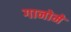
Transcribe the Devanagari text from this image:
गानोमे